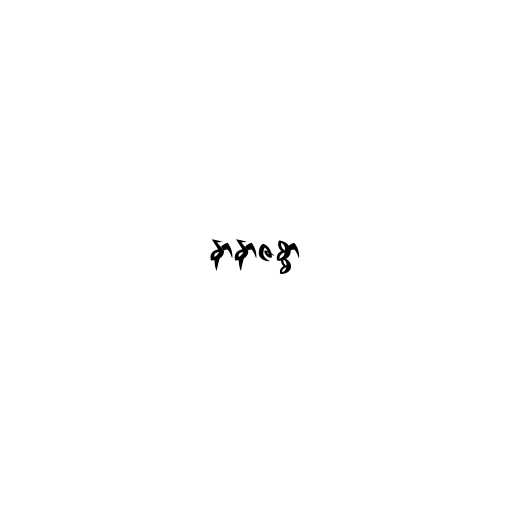
နာနာဇစ္စာ